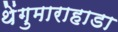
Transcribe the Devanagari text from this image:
थेंगुमाराहाडा